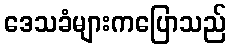
ဒေသခံများကပြောသည်